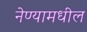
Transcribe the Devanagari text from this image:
नेण्यामधील